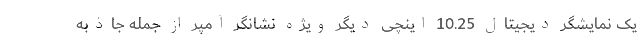
یک نمایشگر دیجیتال 10.25 اینچی دیگر ویژه نشانگر آمپر از جمله جاذبه